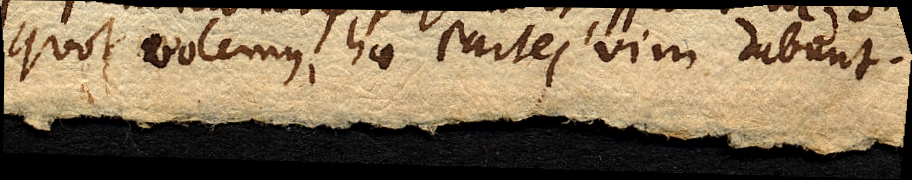
quot volemus, hae partes, vim dabunt.